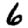
Digit: 6